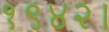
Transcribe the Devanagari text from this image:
१९४२।